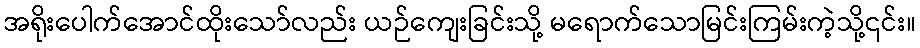
အရိုးပေါက်အောင်ထိုးသော်လည်း ယဉ်ကျေးခြင်းသို့ မရောက်သောမြင်းကြမ်းကဲ့သို့၎င်း။